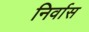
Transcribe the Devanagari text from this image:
निर्वास